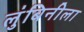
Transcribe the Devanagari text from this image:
लुंबिनीला